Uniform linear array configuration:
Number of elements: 64
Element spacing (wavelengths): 0.5
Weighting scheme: exponential
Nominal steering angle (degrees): -15
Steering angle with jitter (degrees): -14.458
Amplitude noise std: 0.05
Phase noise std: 0.05

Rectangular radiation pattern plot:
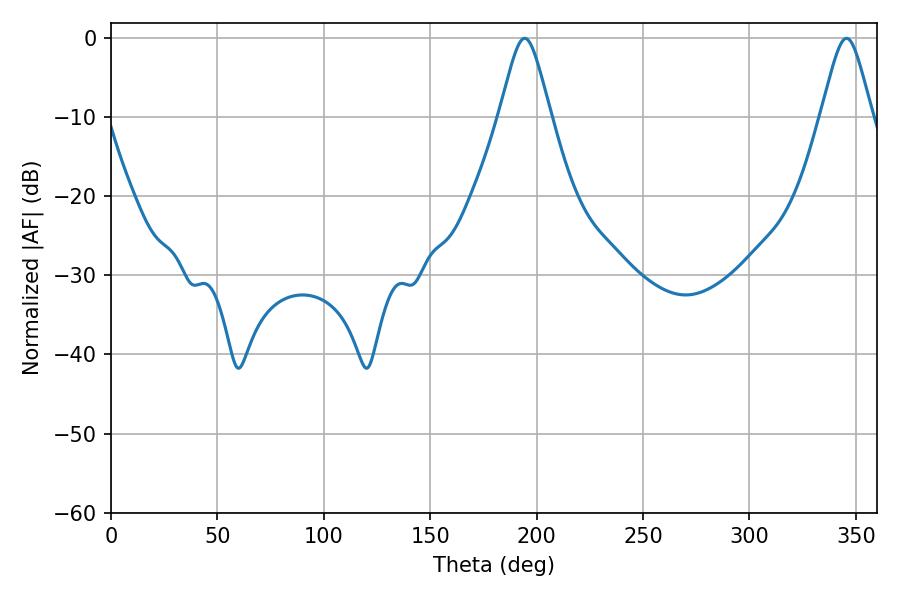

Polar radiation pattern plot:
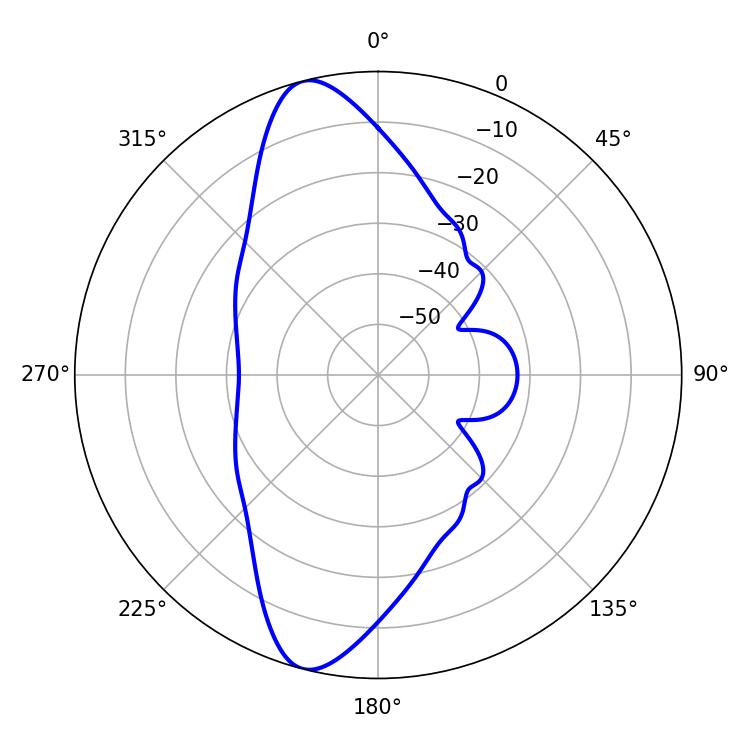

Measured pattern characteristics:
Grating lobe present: FALSE
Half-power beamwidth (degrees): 11.52
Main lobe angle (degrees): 345.6